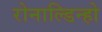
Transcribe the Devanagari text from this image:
रोनाल्‍डिन्‍हो